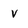
Character: V